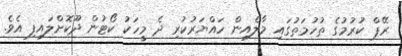
ރޭޕް ކުރުމުގެ ތުހުމަތުގައި މާލެއިން ހައްޔަރުކުރި ދެ މީހަކު ކޯޓުން ދޫކޮށްލައިފި އެވެ.